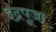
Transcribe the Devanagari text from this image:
इंद्रपूजा